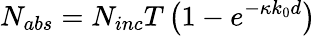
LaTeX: N_{abs}=N_{inc}T\left(1-e^{-\kappa k_{0}d}\right)